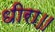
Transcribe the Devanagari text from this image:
धीरा॥